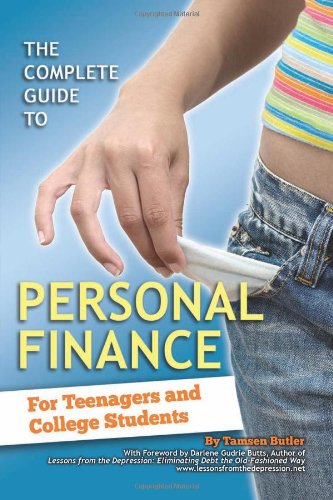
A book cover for The Complete Guide to Personal Finance: For Teenagers; Tamsen Butler; Business & Money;